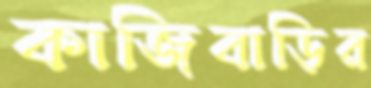
কাজিবাড়ির